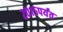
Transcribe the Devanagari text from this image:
२०१५पर्यंत